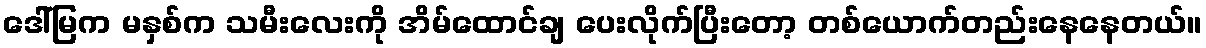
ဒေါ်မြက မနှစ်က သမီးလေးကို အိမ်ထောင်ချ ပေးလိုက်ပြီးတော့ တစ်ယောက်တည်းနေနေတယ်။